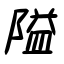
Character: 隘